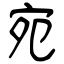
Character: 宛